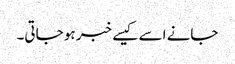
جانے اسے کیسے خبر ہو جاتی۔